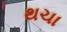
થચા